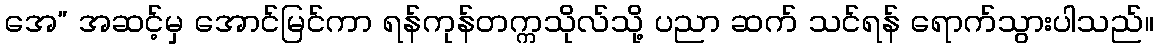
အေ” အဆင့်မှ အောင်မြင်ကာ ရန်ကုန်တက္ကသိုလ်သို့ ပညာ ဆက် သင်ရန် ရောက်သွားပါသည်။